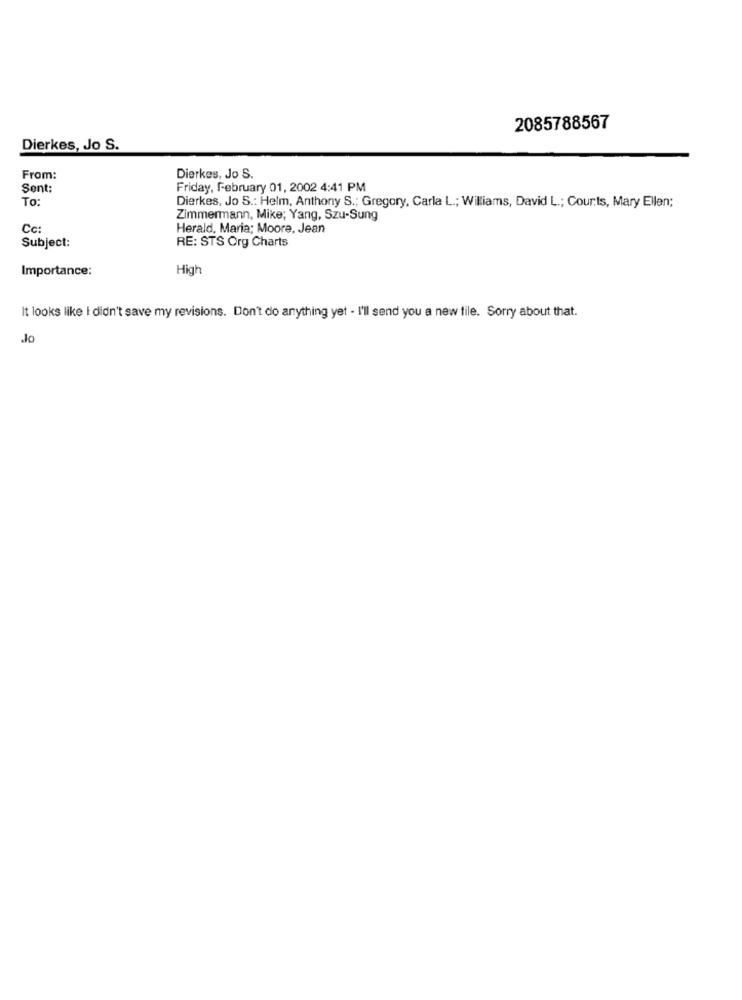
2085788567
Dierkes, Jo S.
From:
Dierkes, Jo S.
Sent:
Friday, February 01, 2002 4:41 PM
To:
Dierkes, Jo S .: Helm, Anthony S .; Gregory, Carla L .; Williams, David L .; Courts, Mary Ellen;
Zimmermann, Mike; Yang, Szu-Sung
Cc:
Herald, Maria; Moore, Jean
Subject:
RE: STS Org Charts
Importance:
High
It looks like i didn't save my revisions. Don't do anything yet - I'll send you a new file. Sorry about that.
Jo